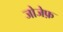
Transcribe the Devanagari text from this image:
जोजेफ़